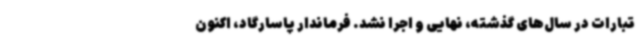
تبارات در سال‌های گذشته، نهایی و اجرا نشد. فرماندار پاسارگاد، اکنون